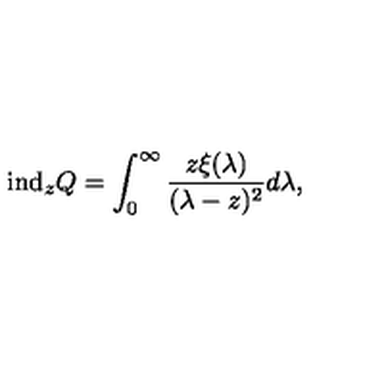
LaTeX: \mathrm { i n d } _ { z } Q = \int _ { 0 } ^ { \infty } \frac { z \xi ( \lambda ) } { ( \lambda - z ) ^ { 2 } } d \lambda ,